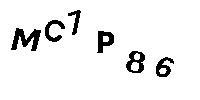
MC7P86